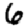
Digit: 6